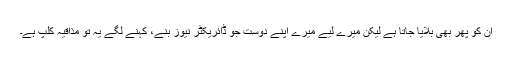
ان کو پھر بھی بلایا جاتا ہے لیکن میرے لیے میرے اپنے دوست جو ڈائریکٹر نیوز بنے، کہنے لگے یہ تو مذاقیہ کلپ ہے۔